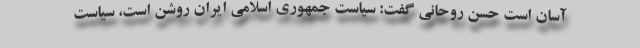
آسان است حسن روحانی گفت: سیاست جمهوری اسلامی ایران روشن است، سیاست